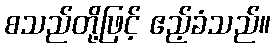
စသည်တို့ဖြင့် ဧည့်ခံသည်။